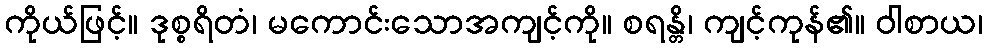
ကိုယ်ဖြင့်။ ဒုစ္စရိတံ၊ မကောင်းသောအကျင့်ကို။ စရန္တိ၊ ကျင့်ကုန်၏။ ဝါစာယ၊